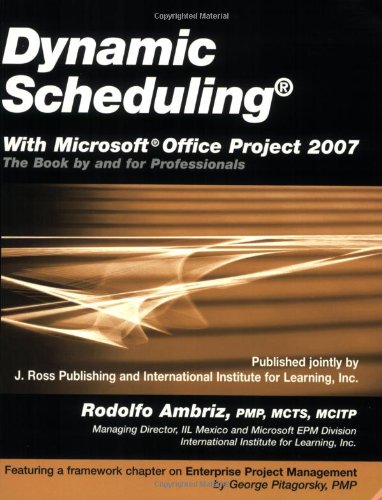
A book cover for Dynamic Scheduling with Microsoft Office Project 2007: The Book by and for Professionals; Rodolfo Ambriz; Computers & Technology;